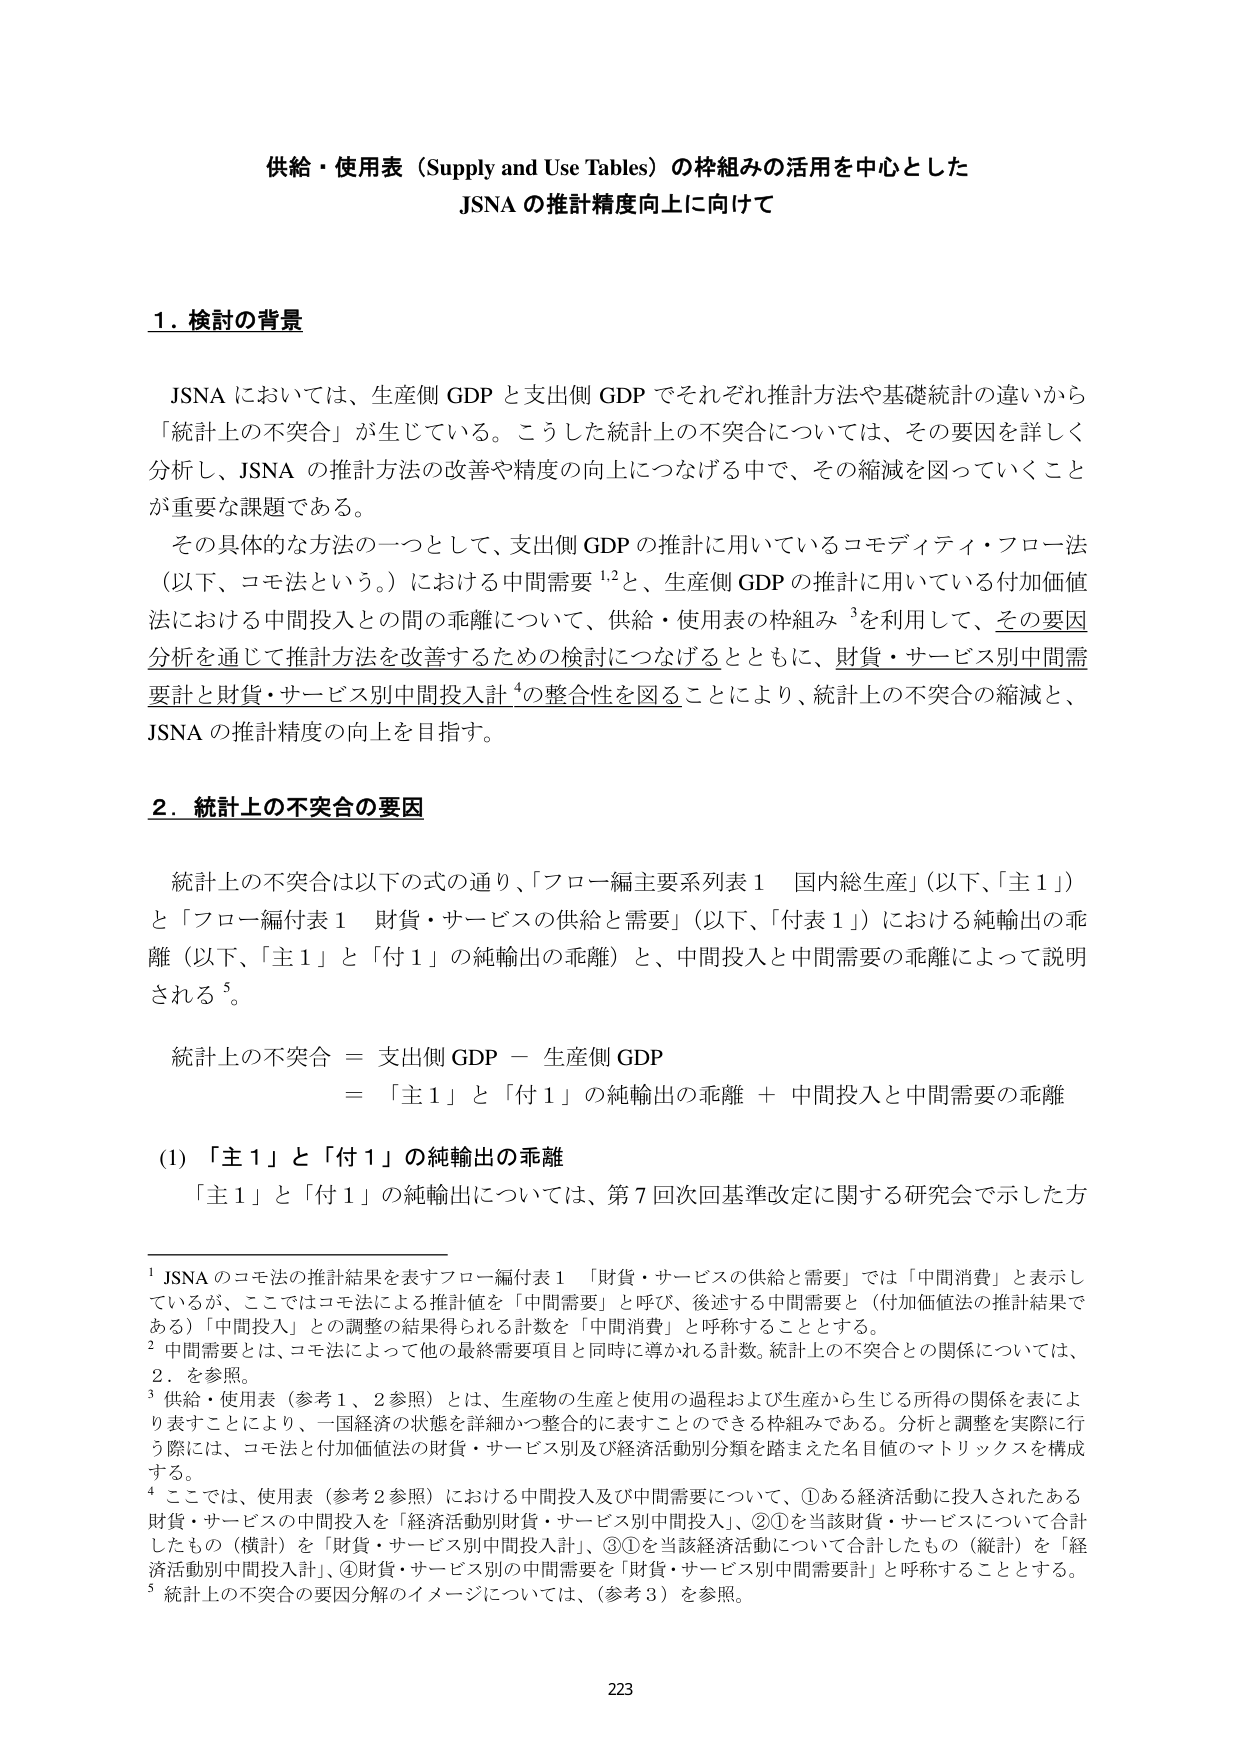
供給・使用表（Supply and Use Tables）の枠組みの活用を中心とした
JSNA の推計精度向上に向けて

1. 検討の背景

JSNA においては、生産側 GDP と支出側 GDP でそれぞれ推計方法や基礎統計の違いから
「統計上の不突合」が生じている。こうした統計上の不突合については、その要因を詳しく
分析し、JSNA の推計方法の改善や精度の向上につなげる中で、その縮減を図っていくこと
が重要な課題である。
その具体的な方法の一つとして、支出側 GDP の推計に用いているコモディティ・フロー法
（以下、コモ法という。）における中間需要 1,2 と、生産側 GDP の推計に用いている付加価値
法における中間投入との間の乖離について、供給・使用表の枠組み 3 を利用して、その要因
分析を通じて推計方法を改善するための検討につなげるとともに、財貨・サービス別中間需
要計と財貨・サービス別中間投入計 4 の整合性を図ることにより、統計上の不突合の縮減と、
JSNA の推計精度の向上を目指す。

2. 統計上の不突合の要因

統計上の不突合は以下の式の通り、「フロー編主要系列表 1 国内総生産」（以下、「主 1」）
と「フロー編付表 1 財貨・サービスの供給と需要」（以下、「付表 1」）における純輸出の乖
離（以下、「主 1」と「付 1」の純輸出の乖離）と、中間投入と中間需要の乖離によって説明
される 5。

統計上の不突合 ＝ 支出側 GDP － 生産側 GDP
　　　　　　　＝ 「主 1」と「付 1」の純輸出の乖離 ＋ 中間投入と中間需要の乖離

(1) 「主 1」と「付 1」の純輸出の乖離

「主 1」と「付 1」の純輸出については、第 7 回次回基準改定に関する研究会で示した方

1 JSNA のコモ法の推計結果を表すフロー編付表 1 「財貨・サービスの供給と需要」では「中間消費」と表示し
ているが、ここではコモ法による推計値を「中間需要」と呼び、後述する中間需要と（付加価値法の推計結果で
ある）「中間投入」との調整の結果得られる計数を「中間消費」と呼称することとする。
2 中間需要とは、コモ法によって他の最終需要項目と同時に導かれる計数。統計上の不突合との関係については、
　2. を参照。
3 供給・使用表（参考 1、2 参照）とは、生産物の生産と使用の過程および生産から生じる所得の関係を表によ
　り表すことにより、一国経済の状態を詳細かつ整合的に表すことのできる枠組みである。分析と調整を実際に行
　う際には、コモ法と付加価値法の財貨・サービス別及び経済活動別分類を踏まえた名目値のマトリックスを構成
　する。
4 ここでは、使用表（参考 2 参照）における中間投入及び中間需要について、①ある経済活動に投入されたある
　財貨・サービスの中間投入を「経済活動別財貨・サービス別中間投入」、②①を当該財貨・サービスについて合計
　したもの（横計）を「財貨・サービス別中間投入計」、③①を当該経済活動について合計したもの（縦計）を「経
　済活動別中間投入計」、④財貨・サービス別の中間需要を「財貨・サービス別中間需要計」と呼称することとする。
5 統計上の不突合の要因分解のイメージについては、（参考 3）を参照。

223